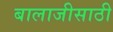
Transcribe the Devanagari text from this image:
बालाजीसाठी